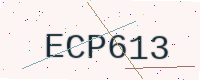
Text: ECP613